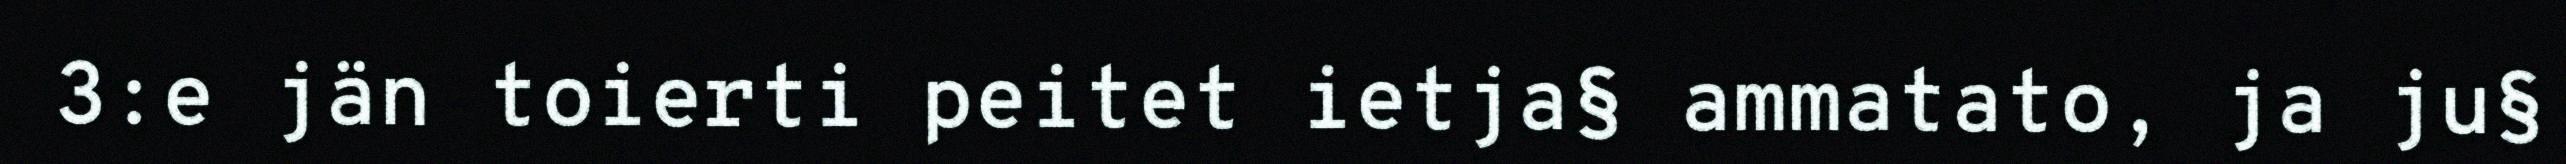
3:e jän toierti peitet ietja§ ammatato, ja ju§